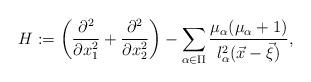
LaTeX: \begin{align*}H :=\left(\frac{\partial^2}{\partial x_1^2} + \frac{\partial^2}{\partial x_2^2}\right)- \sum\limits_{\alpha \in \Pi} \dfrac{\mu_\alpha(\mu_\alpha+1)}{l_\alpha^2(\vec{x}-\vec{\xi})},\end{align*}